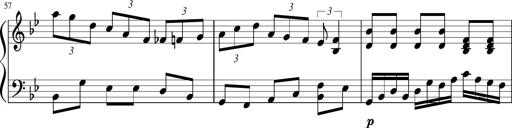
Title: Sonatina in F major
Composer: Ethan Ngo
Key: F major